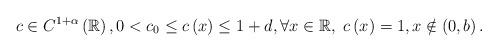
LaTeX: \begin{align*}c\in C^{1+\alpha }\left( \mathbb{R}\right) ,0<c_{0}\leq c\left( x\right)\leq 1+d,\forall x\in \mathbb{R},\ c\left( x\right) =1,x\notin \left(0,b\right) . \end{align*}